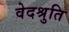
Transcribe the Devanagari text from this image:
वेदश्रुति